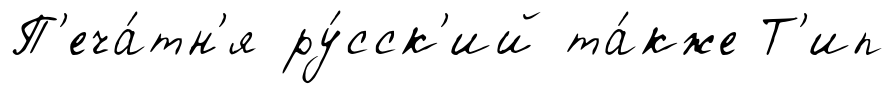
П'еча́тн'я ру́сск'ий та́кже Т'ип